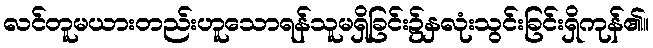
လင်တူမယားတည်းဟူသောရန်သူမရှိခြင်း၌နှလုံးသွင်းခြင်းရှိကုန်၏။